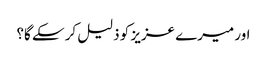
اور میرے عزیز کو ذلیل کر سکے گا؟